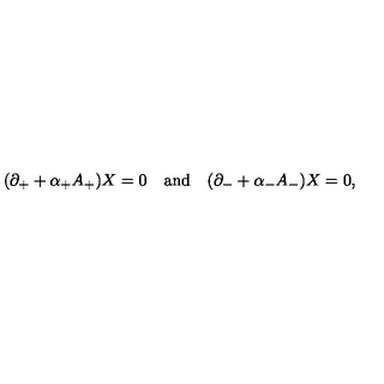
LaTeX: ( \partial _ { + } + \alpha _ { + } A _ { + } ) X = 0 \quad \mathrm { a n d } \quad ( \partial _ { - } + \alpha _ { - } A _ { - } ) X = 0 ,